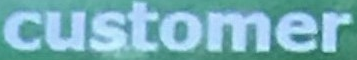
customer